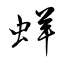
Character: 蛘